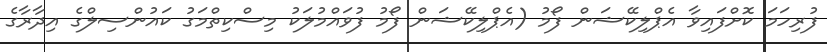
ފުރިހަމަ ކޮށްފައިވާ އެޕްލިކޭޝަން ފޯމު (އެޕްލިކޭޝަން ފޯމު ފުވައްމުލަކު މިސްކިތްމަގު ކައުންސިލްގެ އިދާރާގެ